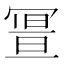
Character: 𠖚